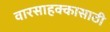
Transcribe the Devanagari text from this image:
वारसाहक्कासाठी